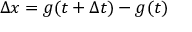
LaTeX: \Delta x = g ( t + \Delta t ) - g ( t )